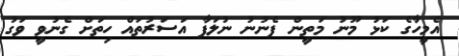
އެމީހާގެ ކަޅު މޫނު މަތީން ފެނުނު ނުލަފާ އަސަރުތައް ހިތަށް ގެނުވީ ވަގު